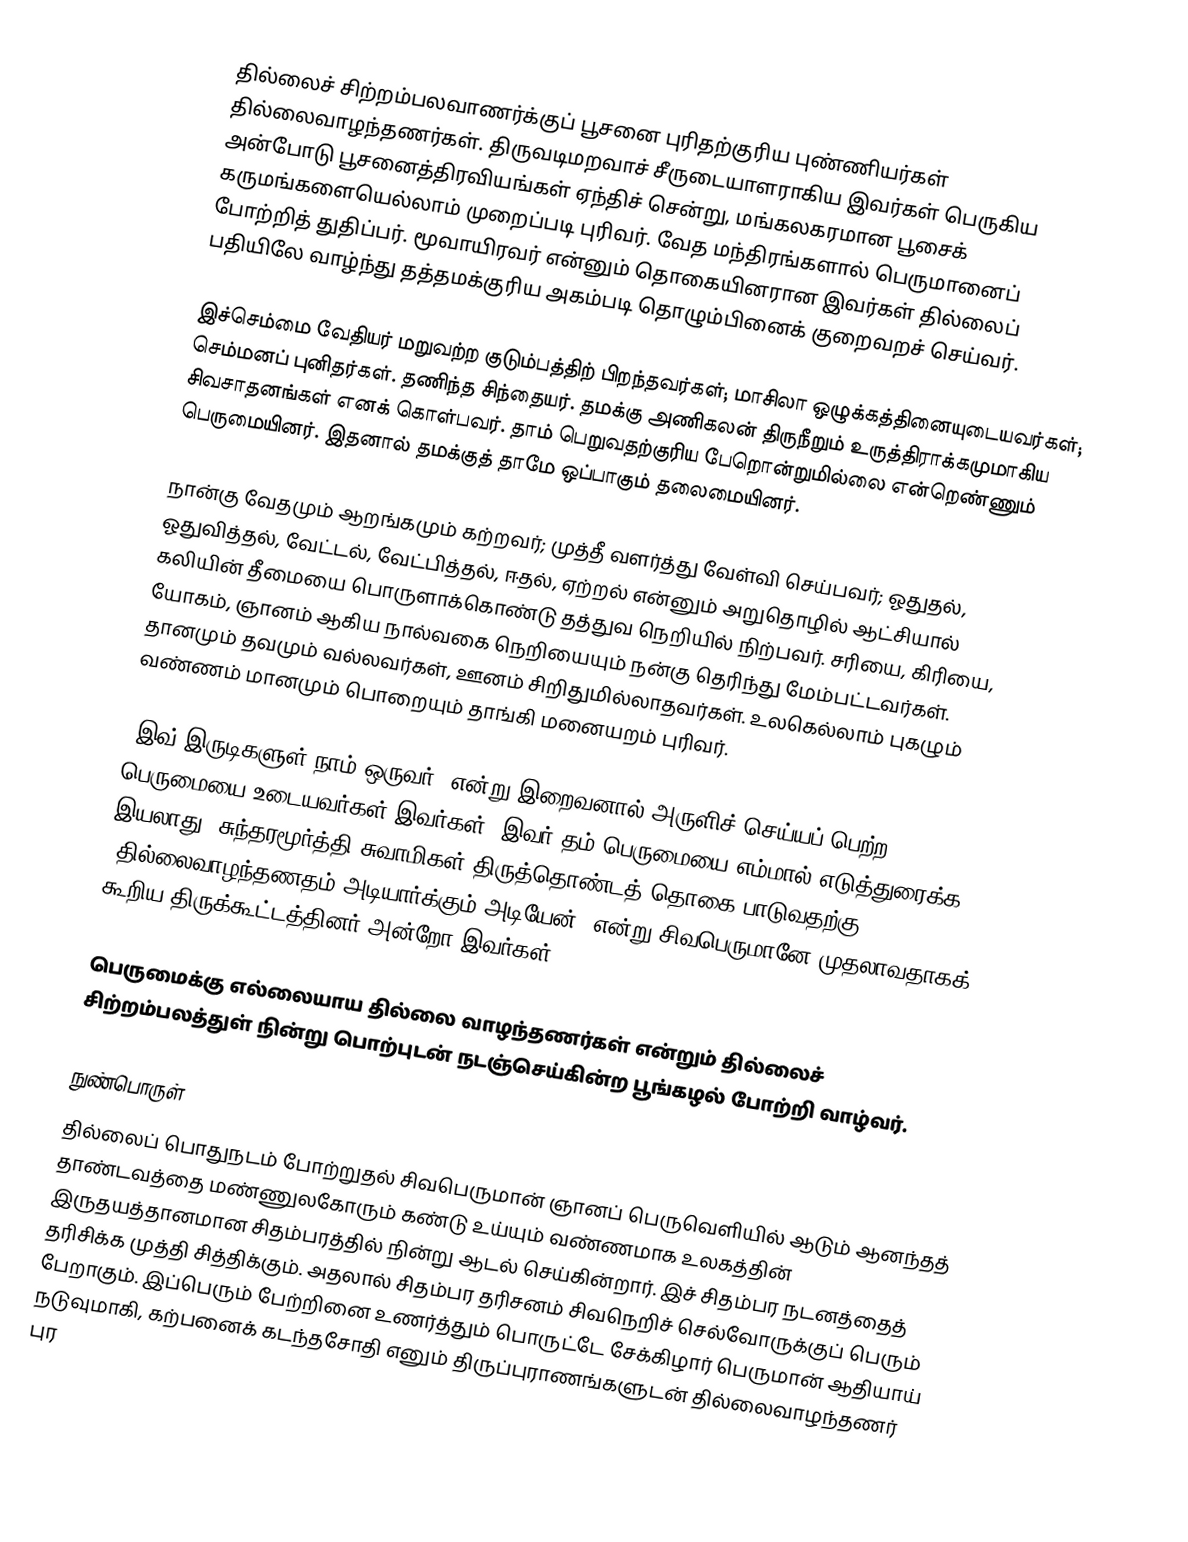
தில்லைச் சிற்றம்பலவாணர்க்குப் பூசனை புரிதற்குரிய புண்ணியர்கள் தில்லைவாழந்தணர்கள். திருவடிமறவாச் சீருடையாளராகிய இவர்கள் பெருகிய அன்போடு பூசனைத்திரவியங்கள் ஏந்திச் சென்று, மங்கலகரமான பூசைக் கருமங்களையெல்லாம் முறைப்படி புரிவர். வேத மந்திரங்களால் பெருமானைப் போற்றித் துதிப்பர். மூவாயிரவர் என்னும் தொகையினரான இவர்கள் தில்லைப் பதியிலே வாழ்ந்து தத்தமக்குரிய அகம்படி தொழும்பினைக் குறைவறச் செய்வர்.

இச்செம்மை வேதியர் மறுவற்ற குடும்பத்திற் பிறந்தவர்கள்; மாசிலா ஒழுக்கத்தினையுடையவர்கள்; செம்மனப் புனிதர்கள். தணிந்த சிந்தையர். தமக்கு அணிகலன் திருநீறும் உருத்திராக்கமுமாகிய சிவசாதனங்கள் எனக் கொள்பவர். தாம் பெறுவதற்குரிய பேறொன்றுமில்லை என்றெண்ணும் பெருமையினர். இதனால் தமக்குத் தாமே ஒப்பாகும் தலைமையினர்.

நான்கு வேதமும் ஆறங்கமும் கற்றவர்; முத்தீ வளர்த்து வேள்வி செய்பவர்; ஓதுதல், ஓதுவித்தல், வேட்டல், வேட்பித்தல், ஈதல், ஏற்றல் என்னும் அறுதொழில் ஆட்சியால் கலியின் தீமையை பொருளாக்கொண்டு தத்துவ நெறியில் நிற்பவர். சரியை, கிரியை, யோகம், ஞானம் ஆகிய நால்வகை நெறியையும் நன்கு தெரிந்து மேம்பட்டவர்கள். தானமும் தவமும் வல்லவர்கள், ஊனம் சிறிதுமில்லாதவர்கள். உலகெல்லாம் புகழும் வண்ணம் மானமும் பொறையும்  தாங்கி மனையறம் புரிவர்.

'இவ் இருடிகளுள் நாம் ஒருவர்' என்று இறைவனால் அருளிச் செய்யப் பெற்ற பெருமையை உடையவர்கள் இவர்கள். இவர் தம் பெருமையை எம்மால் எடுத்துரைக்க இயலாது. சுந்தரமூர்த்தி சுவாமிகள் திருத்தொண்டத் தொகை பாடுவதற்கு "தில்லைவாழந்தணதம் அடியார்க்கும் அடியேன்" என்று சிவபெருமானே முதலாவதாகக் கூறிய திருக்கூட்டத்தினர் அன்றோ இவர்கள்!

பெருமைக்கு எல்லையாய தில்லை வாழந்தணர்கள் என்றும் தில்லைச் சிற்றம்பலத்துள் நின்று பொற்புடன் நடஞ்செய்கின்ற பூங்கழல் போற்றி வாழ்வர்.

நுண்பொருள்
 தில்லைப் பொதுநடம் போற்றுதல் சிவபெருமான் ஞானப் பெருவெளியில் ஆடும் ஆனந்தத் தாண்டவத்தை மண்ணுலகோரும் கண்டு உய்யும் வண்ணமாக உலகத்தின் இருதயத்தானமான சிதம்பரத்தில் நின்று ஆடல் செய்கின்றார். இச் சிதம்பர நடனத்தைத் தரிசிக்க முத்தி சித்திக்கும். அதலால் சிதம்பர தரிசனம் சிவநெறிச் செல்வோருக்குப் பெரும் பேறாகும். இப்பெரும் பேற்றினை உணர்த்தும் பொருட்டே சேக்கிழார் பெருமான் ஆதியாய் நடுவுமாகி, கற்பனைக் கடந்தசோதி எனும் திருப்புராணங்களுடன் தில்லைவாழந்தணர் புர